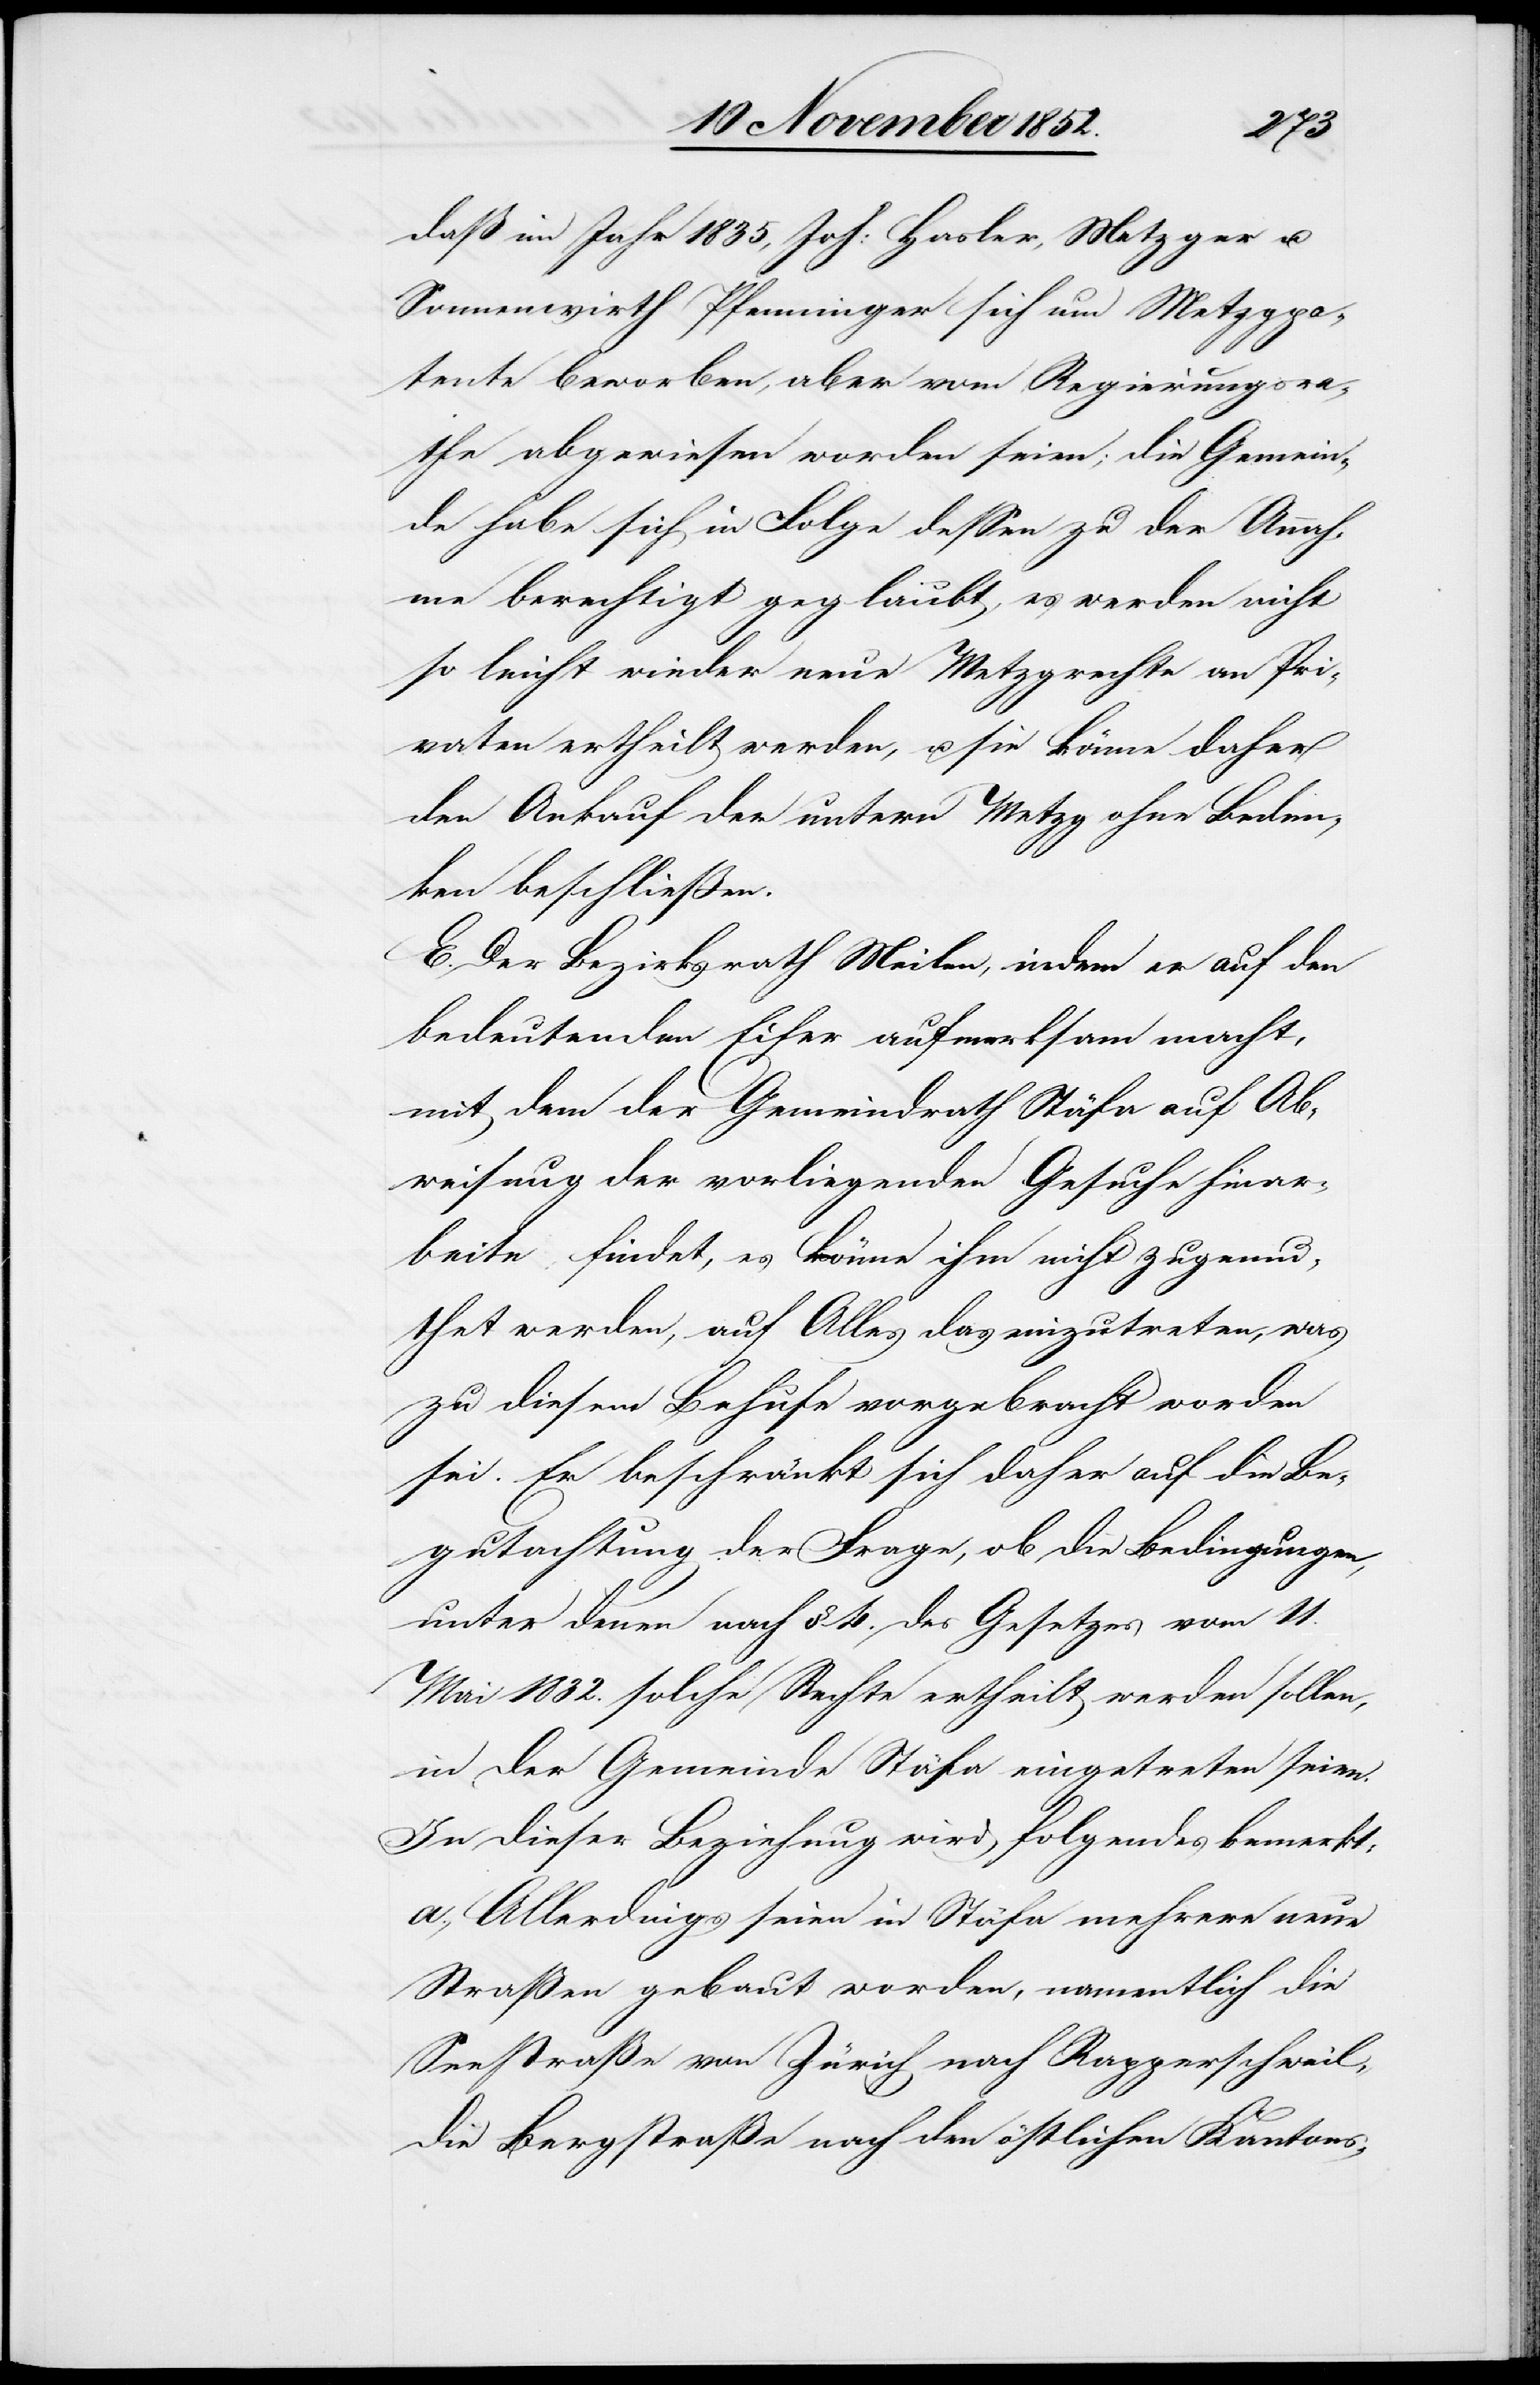
daß im Jahr 1835, Joh: Hasler, Metzger u.
Sonnenwirth Pfenninger sich um Metzgpa¬
tente beworben, aber vom Regierungsra¬
the abgewiesen worden seien; die Gemein¬
de habe sich in Folge dessen zu der Annah¬
me berechtigt geglaubt, es werden nicht
so leicht wieder neue Metzgrechte an Pri¬
vaten ertheilt werden, u. sie könne daher
den Ankauf der untern Metzg ohne Beden¬
ken beschließen.
E. Der Bezirksrath Meilen, indem er auf den
bedeutenden Eifer aufmerksam macht,
mit dem der Gemeindrath Stäfa auf Ab¬
weisung der vorliegenden Gesuche hinar¬
beite findet, es könne ihm nicht zugemu¬
thet werden, auf Alles das einzutreten, was
zu diesem Behufe vorgebracht worden
sei. Er beschränkt sich daher auf die Be¬
gutachtung der Frage, ob die Bedingungen,
unter denen nach § 4. des Gesetzes vom 11.
Mai 1832. solche Rechte ertheilt werden sollen,
in der Gemeinde Stäfa eingetreten seien.
In dieser Beziehung wird folgendes bemerkt:
a., Allerdings seien in Stäfa mehrere neue
Straßen gebaut worden, namentlich die
Seestraße von Zürich nach Rapperschweil,
die Bergstraße nach den östlichen Kantons-